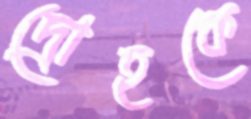
দ্রোহকে